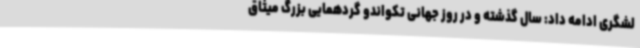
لشگری ادامه داد: سال گذشته و در روز جهانی تکواندو گردهمایی بزرگ میثاق